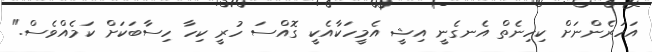
އަހަރެންނަށް ކިހިނެތް އެނގެނީ އިޝީ އެމީހަކާއެކީ ގޮއްސަ ހުރީ ކިހާ ހިސާބަކަށް ކަމެއްވެސް."